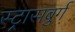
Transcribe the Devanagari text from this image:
स्ट्रासबुर्ग